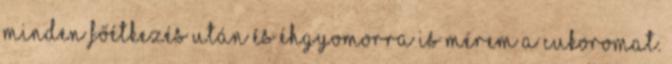
minden főétkezés után és éhgyomorra is mérem a cukoromat.